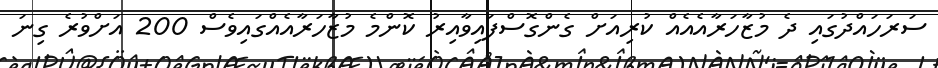
ސަރަހައްދުގައި ދެ މުޒާހަރާއެއެއް ކުރިއަށް ގެންގޮސްފައިވާއިރު ކޮންމެ މުޒާހަރާއެއްގައިވެސް 200 އަށްވުރެ ގިނަ